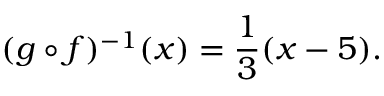
( g \circ f ) ^ { - 1 } ( x ) = { \frac { 1 } { 3 } } ( x - 5 ) .